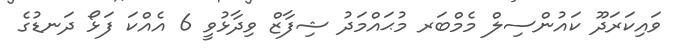
ވައިކަރަދޫ ކައުންސިލް މެމްބަރ މުޙައްމަދު ޝިފާޒް ވިދާޅުވީ 6 އެއްކަ ފަޅޯ ދަނޑުގެ